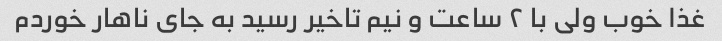
غذا خوب ولی با ۲ ساعت و نیم تاخیر رسید به جای ناهار خوردم